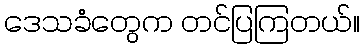
ဒေသခံတွေက တင်ပြကြတယ်။